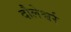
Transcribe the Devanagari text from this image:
दौलेश्वर्र